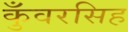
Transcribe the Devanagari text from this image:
कुँवरसिह